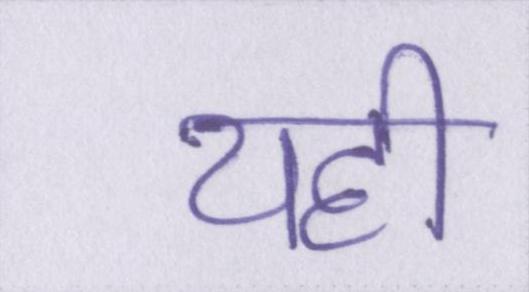
यही